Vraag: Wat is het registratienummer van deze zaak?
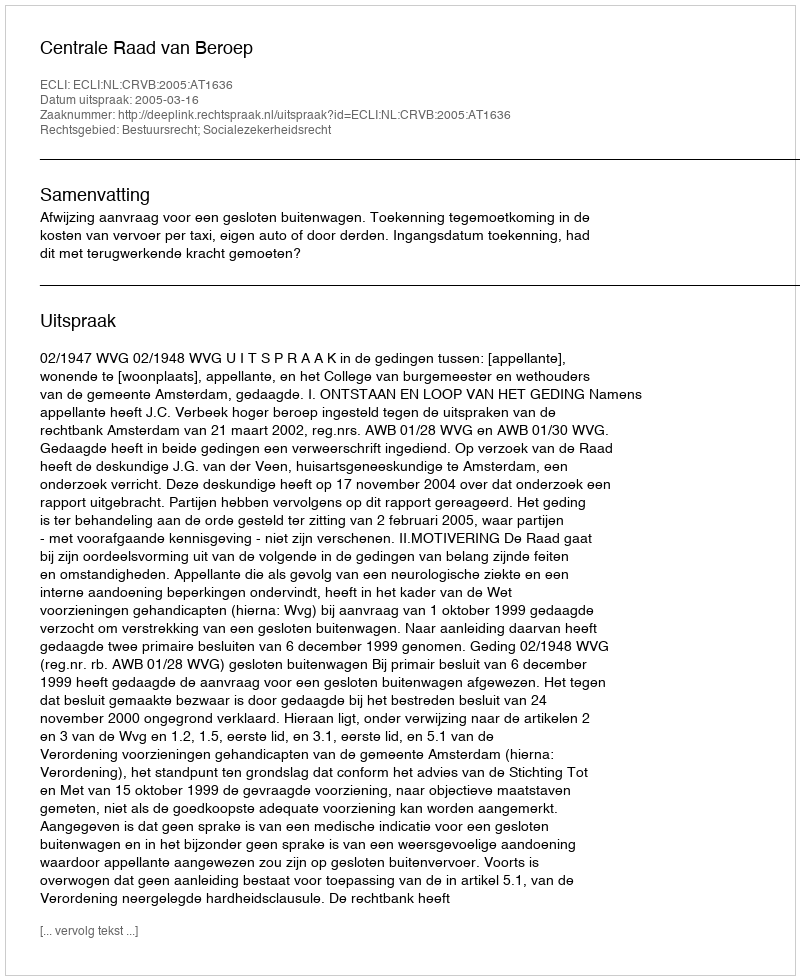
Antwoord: http://deeplink.rechtspraak.nl/uitspraak?id=ECLI:NL:CRVB:2005:AT1636